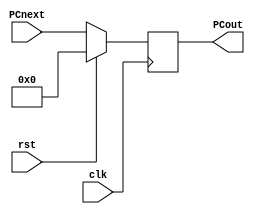
`timescale 1ns / 1ps
//////////////////////////////////////////////////////////////////////////////////
// Company: 
// Engineer: 
// 
// Design Name: 
// Module Name: Program_counter
// Project Name: 
// Target Devices: 
// Tool Versions: 
// Description: 
// 
// Dependencies: 
// 
// Revision:
// Revision 0.01 - File Created
// Additional Comments:
// 
//////////////////////////////////////////////////////////////////////////////////


module Program_counter(
input [31:0] PCnext,
input clk,rst,
output reg [31:0] PCout 
    );
    initial
        begin
    
        PCout=32'h00000000;
        end
        always @(posedge clk)
        begin 
            if (rst==1)
            begin 
                PCout<=32'h00000000;
            end 
            else
           
                PCout<=PCnext;
               
                end
                    
endmodule